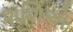
શશિએ